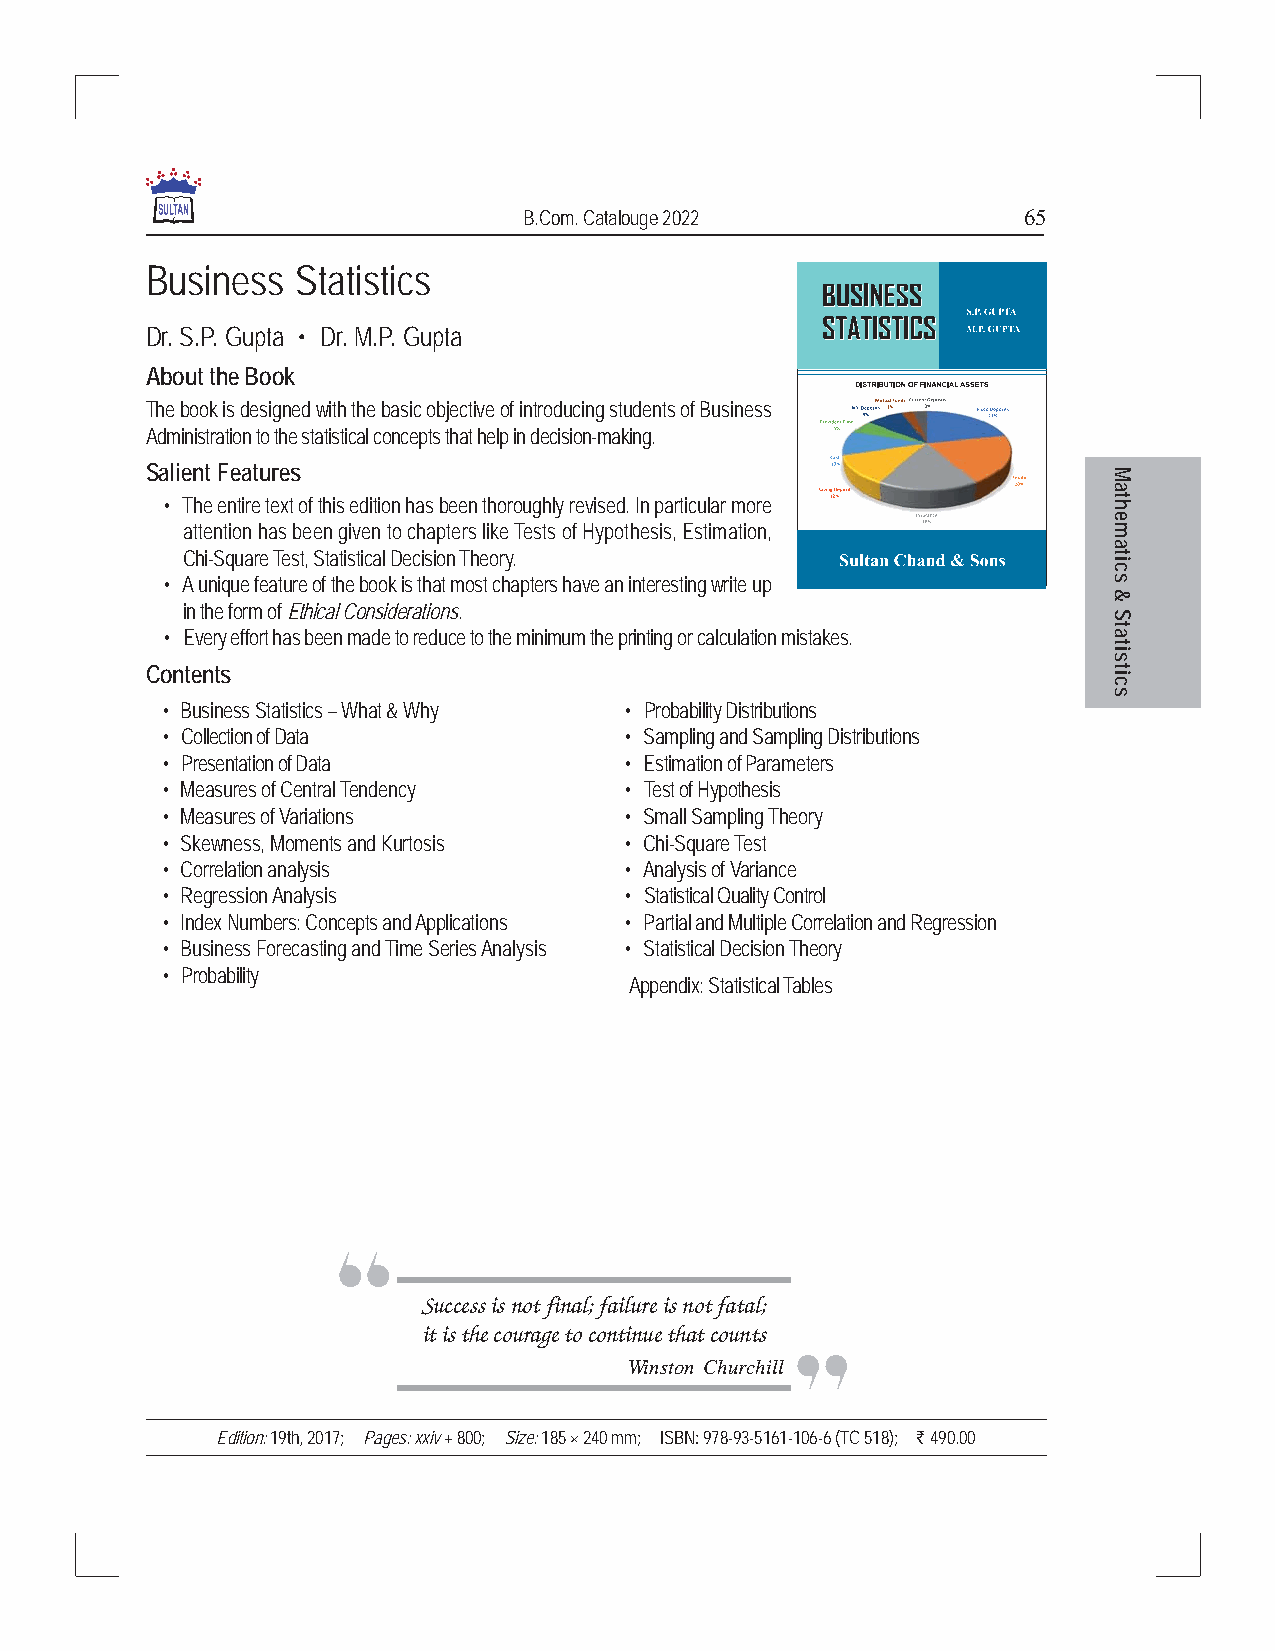
B.Com. Catalouge 2022            65
 Business  Statistics
 Dr. S.P. Gupta • Dr. M.P. Gupta
 About the Book
 The book is designed with the basic objective of introducing students of Business
 Administration to the statistical concepts that help in decision-making.
 Salient Features                                               M
 a
 • The entire text of this edition has been thoroughly revised. In particular more ht
 e
 attention has been given to chapters like Tests of Hypothesis, Estimation, m
 a
 Chi-Square Test, Statistical Decision Theory.                t
 ci
 • A unique feature of the book is that most chapters have an interesting write up s
 &
 in the form of Ethical Considerations.
 S
 • Every effort has been made to reduce to the minimum the printing or calculation mistakes. at
 t
 si
 Contents                                                       t
 ci
 s
 • Business Statistics – What & Why • Probability Distributions
 • Collection of Data          • Sampling and Sampling Distributions
 • Presentation of Data        • Estimation of Parameters
 • Measures of Central Tendency • Test of Hypothesis
 • Measures of Variations      • Small Sampling Theory
 • Skewness, Moments and Kurtosis • Chi-Square Test
 • Correlation analysis        • Analysis of Variance
 • Regression Analysis         • Statistical Quality Control
 • Index Numbers: Concepts and Applications • Partial and Multiple Correlation and Regression
 • Business Forecasting and Time Series Analysis • Statistical Decision Theory
 • Probability
 Appendix: Statistical Tables
 Success is not final; failure is not fatal;
 it is the courage to continue that counts
 Winston Churchill
 Edition: 19th, 2017; Pages: xxiv + 800; Size: 185 × 240 mm; ISBN: 978-93-5161-106-6 (TC 518); ` 490.00